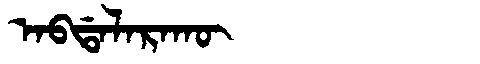
Manchu: ᠠᠪᡩᠠᠯᠠᡵᠠᡴᡡ
Romanization: ABDALARAKŪ